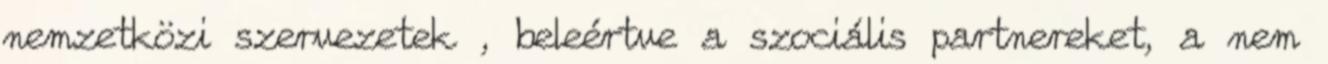
nemzetközi szervezetek , beleértve a szociális partnereket, a nem